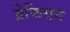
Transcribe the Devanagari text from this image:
ग्रेफियन